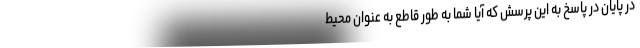
در پایان در پاسخ به این پرسش که آیا شما به طور قاطع به عنوان محیط